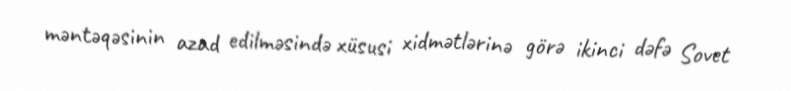
məntəqəsinin azad edilməsində xüsusi xidmətlərinə görə ikinci dəfə Sovet